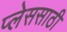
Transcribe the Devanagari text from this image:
प्लेससाठी